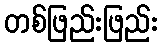
တစ်ဖြည်းဖြည်း